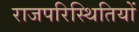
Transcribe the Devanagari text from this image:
राजपरिस्थितियों